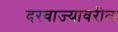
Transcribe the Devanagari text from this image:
दरवाज्यावरील